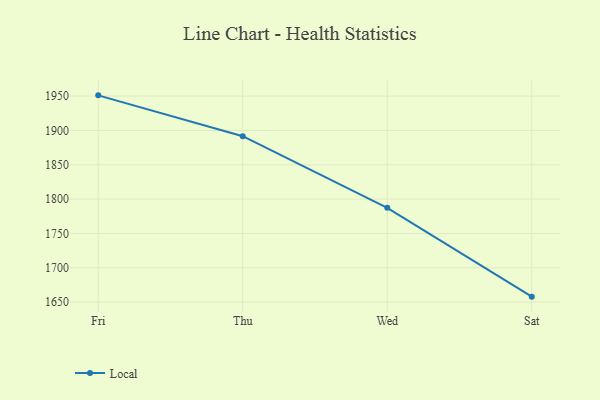
{"axis": {"x": "Day", "y": "Demand Index"}, "legend": ["Local"], "data": [{"x": "Fri", "y": 1951.1, "type": "Local"}, {"x": "Thu", "y": 1891.6, "type": "Local"}, {"x": "Wed", "y": 1787.4, "type": "Local"}, {"x": "Sat", "y": 1658.0, "type": "Local"}]}